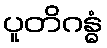
ပူတိဂန္ဓံ